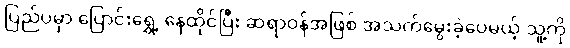
ပြည်ပမှာ ပြောင်းရွှေ့ နေထိုင်ပြီး ဆရာဝန်အဖြစ် အသက်မွေးခဲ့ပေမယ့် သူ့ကို